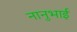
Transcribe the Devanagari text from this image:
नानुभाई